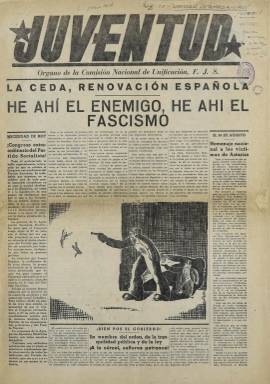
Título: Juventud (Madrid. 1936)
Colección: Guerra civil || Periódicos
Ámbito geográfico: Madrid
Lugar de publicación: Madrid
Fechas: 27/06/1936-06/12/1936

Con el subtítulo Diario de la Juventud en Armas, esta publicación es el órgano de la Federación de las Juventudes Socialistas Unificadas, de ideología marxista revolucionaria. Se trata de un periódico de partido donde predominan los artículos de fondo, aunque la información de actualidad ocupa también un lugar destacado.

   Las Juventudes Socialistas Unificadas, fundadas en marzo de 1936, es el resultado de la fusión de las Juventudes Comunistas ligadas al PCE con las Juventudes Socialistas del PSOE. Al frente de la nueva formación política estará Santiago Carrillo, futuro líder del Partido Comunista de España en el exilio y en la Transición a la democracia.

  Los números de esta publicación que posee la BNE corresponden casi todos ellos al primer periodo de la Guerra Civil, hasta diciembre de 1936. Se desconoce si tuvo continuación o se fusionó con alguna otra publicación.

   El único número anterior a la Guerra Civil que conserva la Biblioteca Nacional lleva fecha de 27 de junio de 1936. Hojeándolo se percibe enseguida el clima de violencia que estaba instalado en la sociedad española por parte de los dos bandos que pronto se iban a enfrentar a muerte.

  De este número es de destacar una columna de la portada en la que se anuncia un homenaje nacional a las víctimas de Asturias previsto para el 30 de agosto que lógicamente no se llegó a celebrar al estar España ya en guerra. Se trata de la llamada Revolución de Octubre de 1934 que fue sofocada por el Gobierno de centro derecha y que ocasionó gran número de víctimas.

  Refiriéndose a la situación del momento, el periódico afirma tajantemente: ‘Por Octubre y Asturias está hoy en el Poder el Frente Popular. Fue Octubre la suprema consigna para la victoria del 16 de febrero’ (la victoria electoral del 16 de febrero de 1936).

  Santiago Carrillo, que colaborará asiduamente en la publicación, escribió en el número del 7 de octubre de 1936 un artículo recordando la Revolución de Octubre, en la que participó personalmente y le supuso el ingreso en prisión hasta las elecciones de febrero de 1936 en que fue puesto en libertad junto con miles de encarcelados por los sucesos de 1934.

  Del periódico Juventud, que empezó publicándose con 15 páginas para acabar con 4 a medida que la Guerra iba haciendo más difícil el acceso al papel, cabe destacar las portadas con la cabecera de color rojo y el contenido gráfico. La fotografía y el dibujo fueron dos ingredientes utilizados ampliamente para la propaganda.

  Otro rasgo de identidad de la publicación es su constante alusión a la Unión Soviética como paradigma de verdadera democracia popular, así como la ayuda soviética a las fuerzas del Frente Popular en la Guerra Civil.

[Descripción publicada el 17/08/2022]